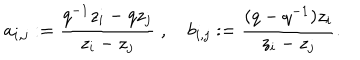
a _ { i , j } : = \frac { q ^ { - 1 } z _ { i } - q z _ { j } } { z _ { i } - z _ { j } } \; , \quad b _ { i , j } : = \frac { ( q - q ^ { - 1 } ) z _ { i } } { z _ { i } - z _ { j } } .